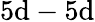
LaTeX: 5\mathrm{d}-5\mathrm{d}